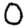
Digit: 0